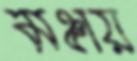
মঞ্চায়